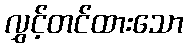
လွှင့်တင်ထားသော